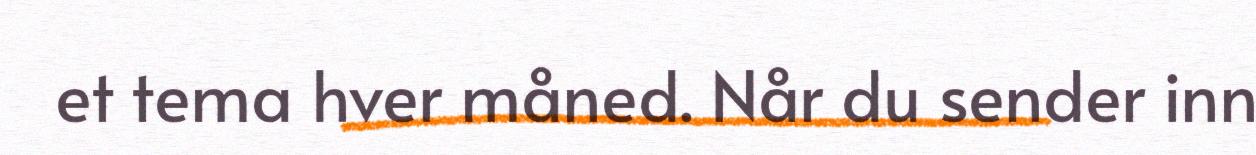
et tema hver måned. Når du sender inn